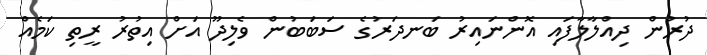
ދުރުން ދިއްލާލާފައި އޮންނައިރު ބަނދަރުގެ ސަބަބުން ވެލިދޫ އަށް އިތުރު ރީތި ކަމެއް